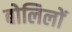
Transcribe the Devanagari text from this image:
बोलिलों